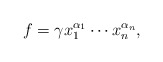
\begin{align*} f =\gamma x_{1}^{\alpha_{1}}\cdots x_{n}^{\alpha_{n}},\end{align*}